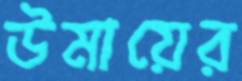
উমায়ের